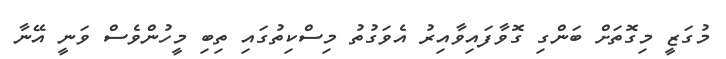
މުގަޒީ މިގޮތަށް ބަންގި ގޮވާފައިވާއިރު އެވަގުތު މިސްކިތުގައި ތިބި މީހުންވެސް ވަނީ އޭނާ